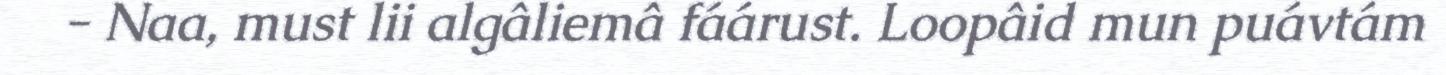
- Naa, must lii algâliemâ fáárust. Loopâid mun puávtám